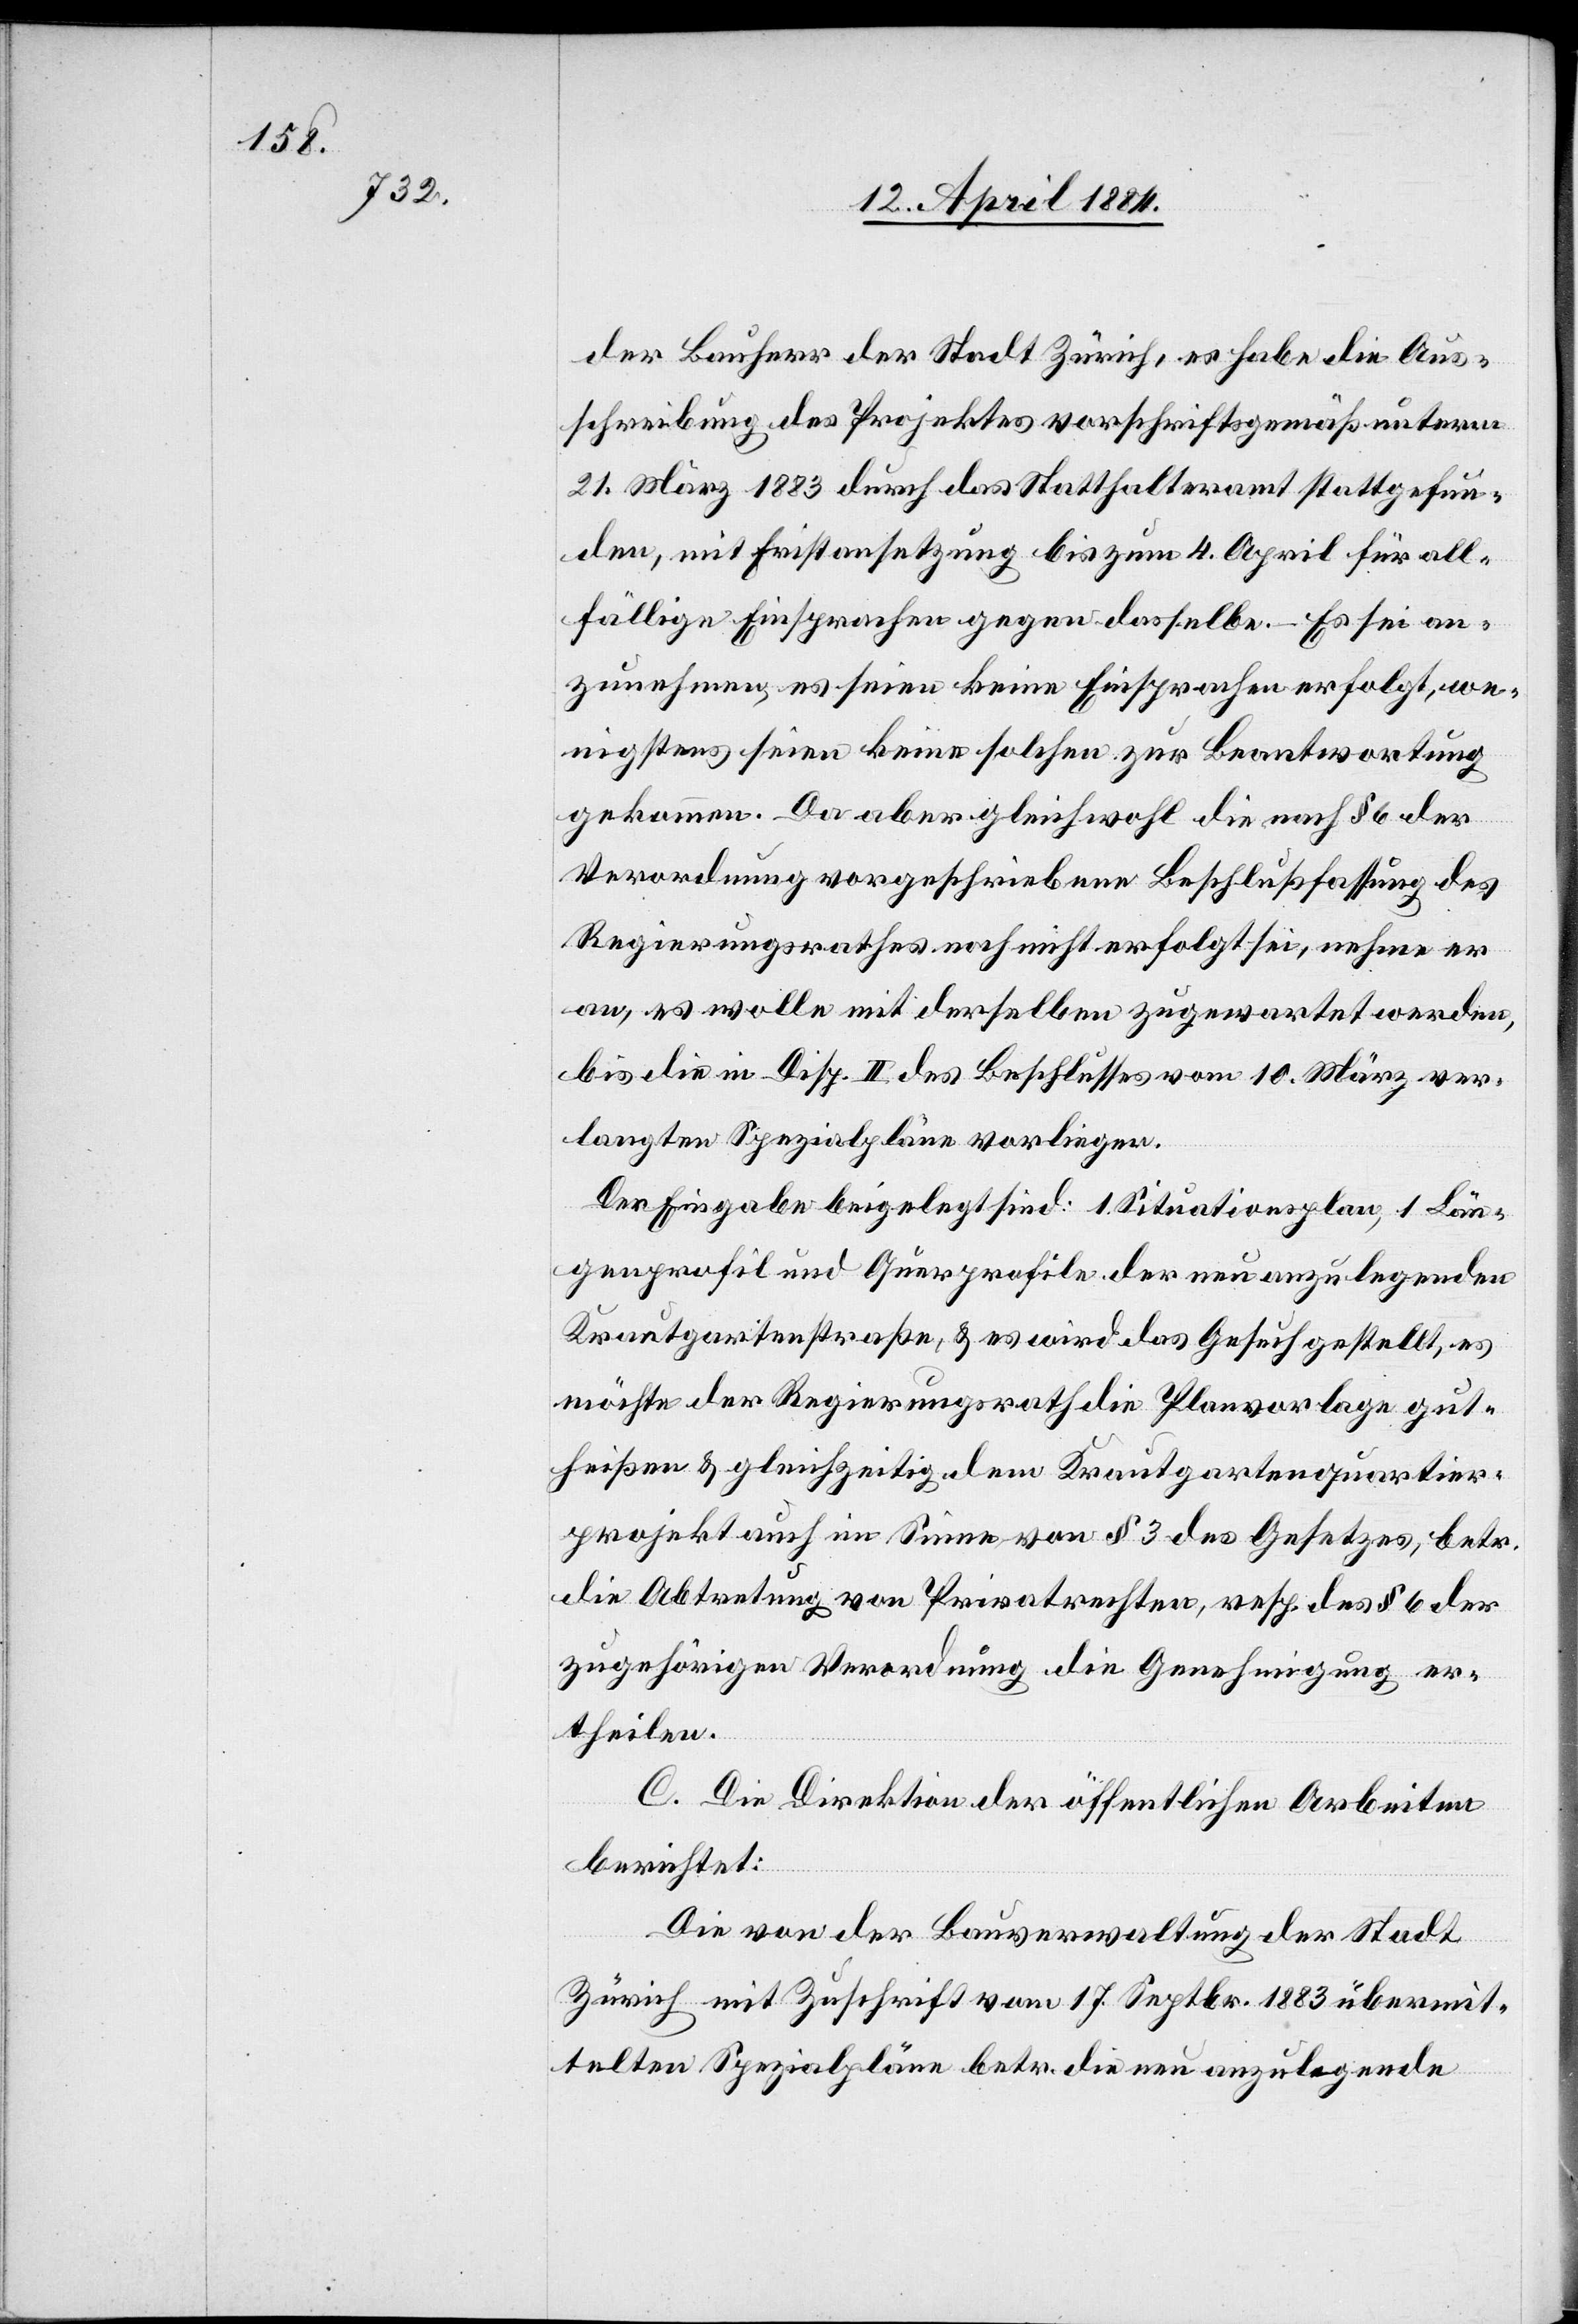
der Bauherr der Stadt Zürich, es habe die Aus¬
schreibung des Projektes vorschriftsgemäß unterm
21. März 1883 durch das Statthalteramt stattgefun¬
den, mit Fristansetzung bis zum 4. April für all¬
fällige Einsprachen gegen dasselbe. Es sei an¬
zunehmen, es seien keine Einsprachen erfolgt, we¬
nigstens seien keine solchen zur Beantwortung
gekommen. Da aber gleichwohl die nach § 6 der
Verordnung vorgeschriebene Beschlußfassung des
Regierungsrathes noch nicht erfolgt sei, nehme er
an, es wolle mit derselben zugewartet werden,
bis die in Disp. II des Beschlusses vom 10. März ver¬
langten Spezialpläne vorliegen.
Der Eingabe beigelegt sind: 1 Situationsplan, 1 Län¬
genprofil und Querprofile der neu anzulegenden
Krautgartenstraße, & es wird das Gesuch gestellt, es
möchte der Regierungsrath die Planvorlage gut¬
heißen & gleichzeitig dem Krautgartenquartier¬
projekt auch im Sinne von § 3 des Gesetzes, betr.
die Abtretung von Privatrechten, resp. des § 6 der
zugehörigen Verordnung die Genehmigung er¬
theilen.
C. Die Direktion der öffentlichen Arbeiten
berichtet:
Die von der Bauverwaltung der Stadt
Zürich mit Zuschrift vom 17. Septbr. 1883 übermit¬
telten Spezialpläne betr. die neu anzulegende